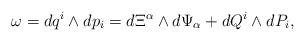
LaTeX: \begin{align*}\omega=dq^{i}\wedge dp_{i}=d\Xi^{\alpha}\wedge d\Psi_{\alpha}+dQ^{i}\wedge dP_{i},\end{align*}